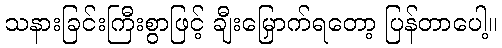
သနားခြင်းကြီးစွာဖြင့် ချီးမြှောက်ရတော့ ပြန်တာပေါ့။